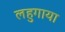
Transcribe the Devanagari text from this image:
लहुगाया